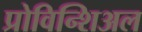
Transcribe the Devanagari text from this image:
प्रोविन्शिअल